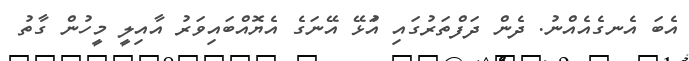
އެބަ އެނގެއެއްނު. ދެން ދަފްތަރުގައި އުަޅޭ އޭނަގެ އެޔޮއްބައިވަރު އާއިލީ މީހުން ގާތު